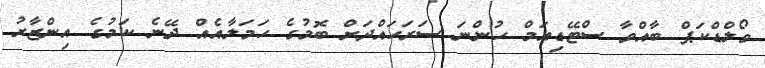
ވޯލްޑްކަޕް ބާއްވާ ސްޓޭޑިއަމް ހުންނަ ސަރަހައްދަށް ބޮމުގެ ހަމަލާއެއް ދޭނެ ކަމުގެ އިންޒާރު